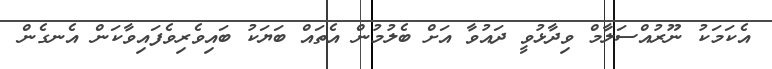
އެކަމަކު ނޫރުއްސަލާމް ވިދާޅުވީ ދައުވާ އަށް ބެލުމުން އެތައް ބަޔަކު ބައިވެރިވެފައިވާކަން އެނގެން